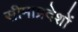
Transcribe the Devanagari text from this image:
सीमाप्रदेशों